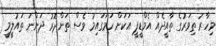
މިހާރު ތިވަރުގެ ތާއީދެއް އެމްޑީޕީ އަކަށް ހަމަގައިމު ވެސް ތަންދޮރު ދަންނަ ތައުލީމީ